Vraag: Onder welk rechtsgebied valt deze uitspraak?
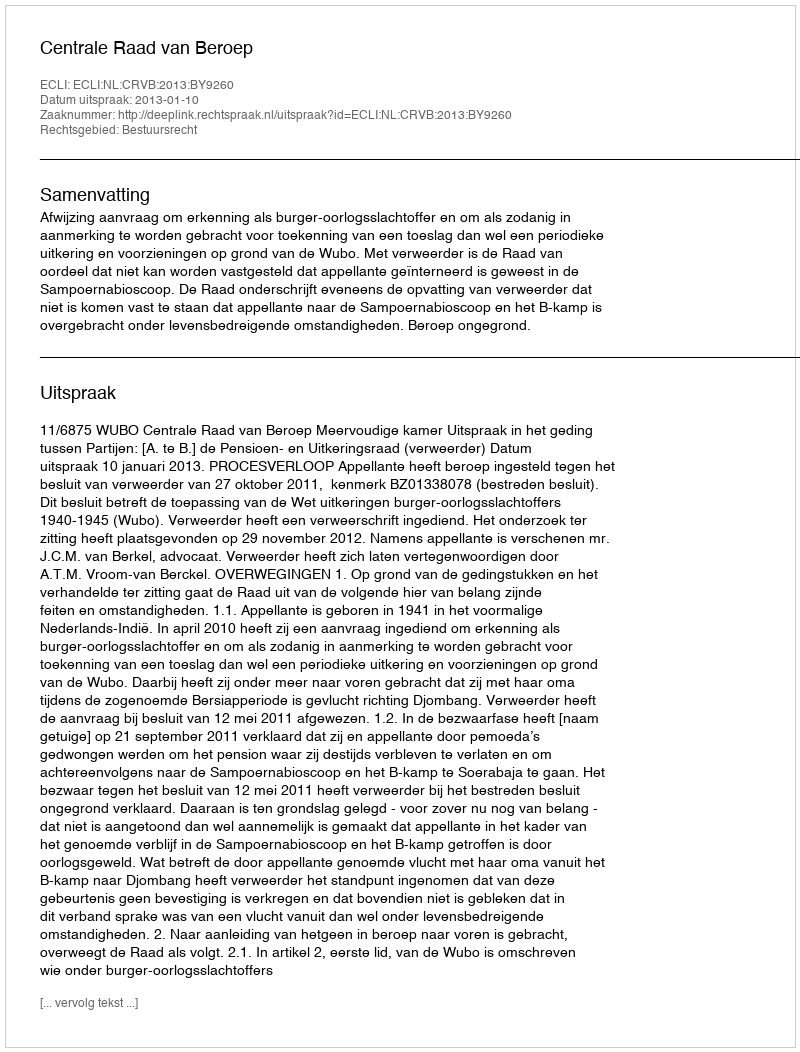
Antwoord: Bestuursrecht